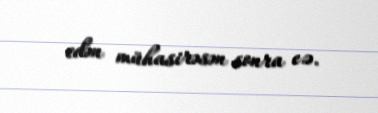
edən mühasirəsən sonra e.ə.